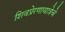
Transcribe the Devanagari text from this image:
शिवप्रेरणायात्रेचे